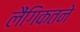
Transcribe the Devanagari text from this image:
लैंगिकतने